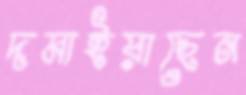
দমাইয়াছেন